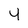
Character: 4